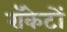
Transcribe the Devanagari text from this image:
राॅकेटों